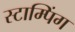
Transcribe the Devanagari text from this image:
स्टाम्पिंग